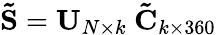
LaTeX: \mathbf{\tilde{S}}=\mathbf{U}_{N\times k}\ \mathbf{\tilde{C}}_{k\times 360}